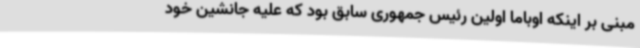
مبنی بر اینکه اوباما اولین رئیس‌ جمهوری سابق بود که علیه جانشین خود